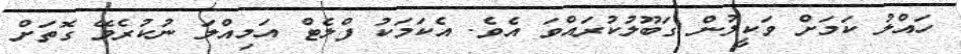
ހައްލު ކަމަށް ވަކީލުން ގަބޫލުކުރައްވަ އެވެ. އެކަމަކު ފްލެޓް އަމިއްލަ ނުކުރެވޭ ގޮތަށް